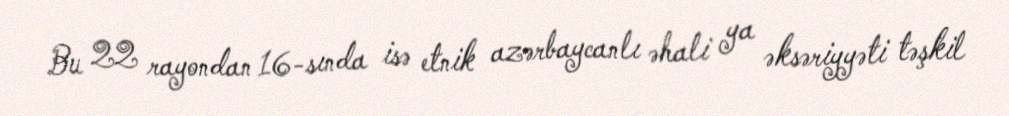
Bu 22 rayondan 16-sında isə etnik azərbaycanlı əhali ya əksəriyyəti təşkil